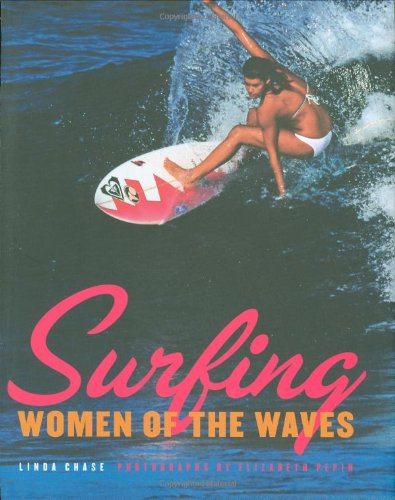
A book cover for Surfing: Women of the Waves; Linda Chase; Sports & Outdoors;